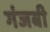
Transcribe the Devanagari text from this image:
गंजबी